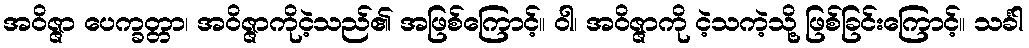
အဝိဇ္ဇာ ပေက္ခတ္တာ၊ အဝိဇ္ဇာကိုငဲ့သည်၏ အဖြစ်ကြောင့်။ ဝါ၊ အဝိဇ္ဇာကို ငဲ့သကဲ့သို့ ဖြစ်ခြင်းကြောင့်။ သင်္ခါ